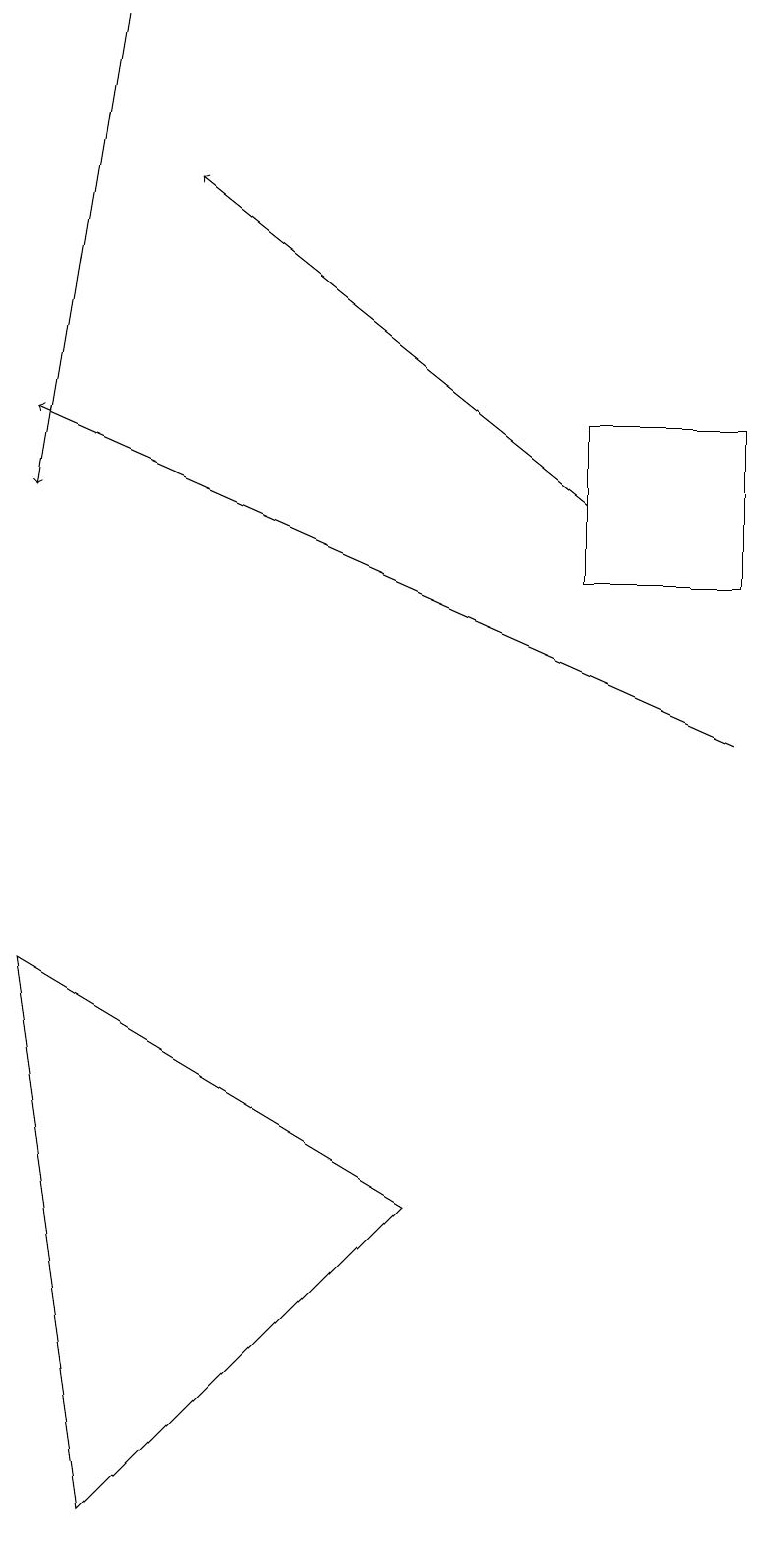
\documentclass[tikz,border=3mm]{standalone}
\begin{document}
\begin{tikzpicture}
\draw (7,12) rectangle (9,14);
\draw (5,4) -- (1,0) -- (0,7) -- cycle;
\draw[->] (1,19) -- (0,13);
\draw[->] (9,10) -- (0,14);
\draw[->] (7,13) -- (2,17);
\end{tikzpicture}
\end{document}